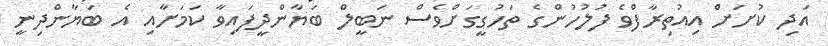
އަދި ކުށަށް އިއުތިރާފްވެ ފުލުހުންގެ ތަހުގީގަށްވެސް ނަބީލް ބަޔާންދީފައިވާ ކަމަށާއި އެ ބަޔާންދިނީ